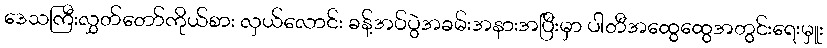
ဒေသကြီးလွှတ်တော်ကိုယ်စား လှယ်လောင်း ခန့်အပ်ပွဲအခမ်းအနားအပြီးမှာ ပါတီအထွေထွေအတွင်းရေးမှူး